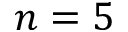
n = 5